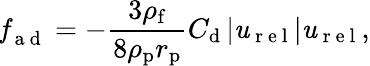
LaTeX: \textbf{\textit{f}}_{\mathrm{~a~d~}}=-\frac{3\rho_{\mathrm{f}}}{8\rho_{\mathrm{p}}r_{\mathrm{p}}}C_{\mathrm{d}}\left|\textbf{\textit{u}}_{\mathrm{~r~e~l~}}\right|\textbf{\textit{u}}_{\mathrm{~r~e~l~}},